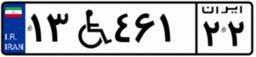
۱۳W۴۶۱۲۲